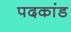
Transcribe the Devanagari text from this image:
पदकांड